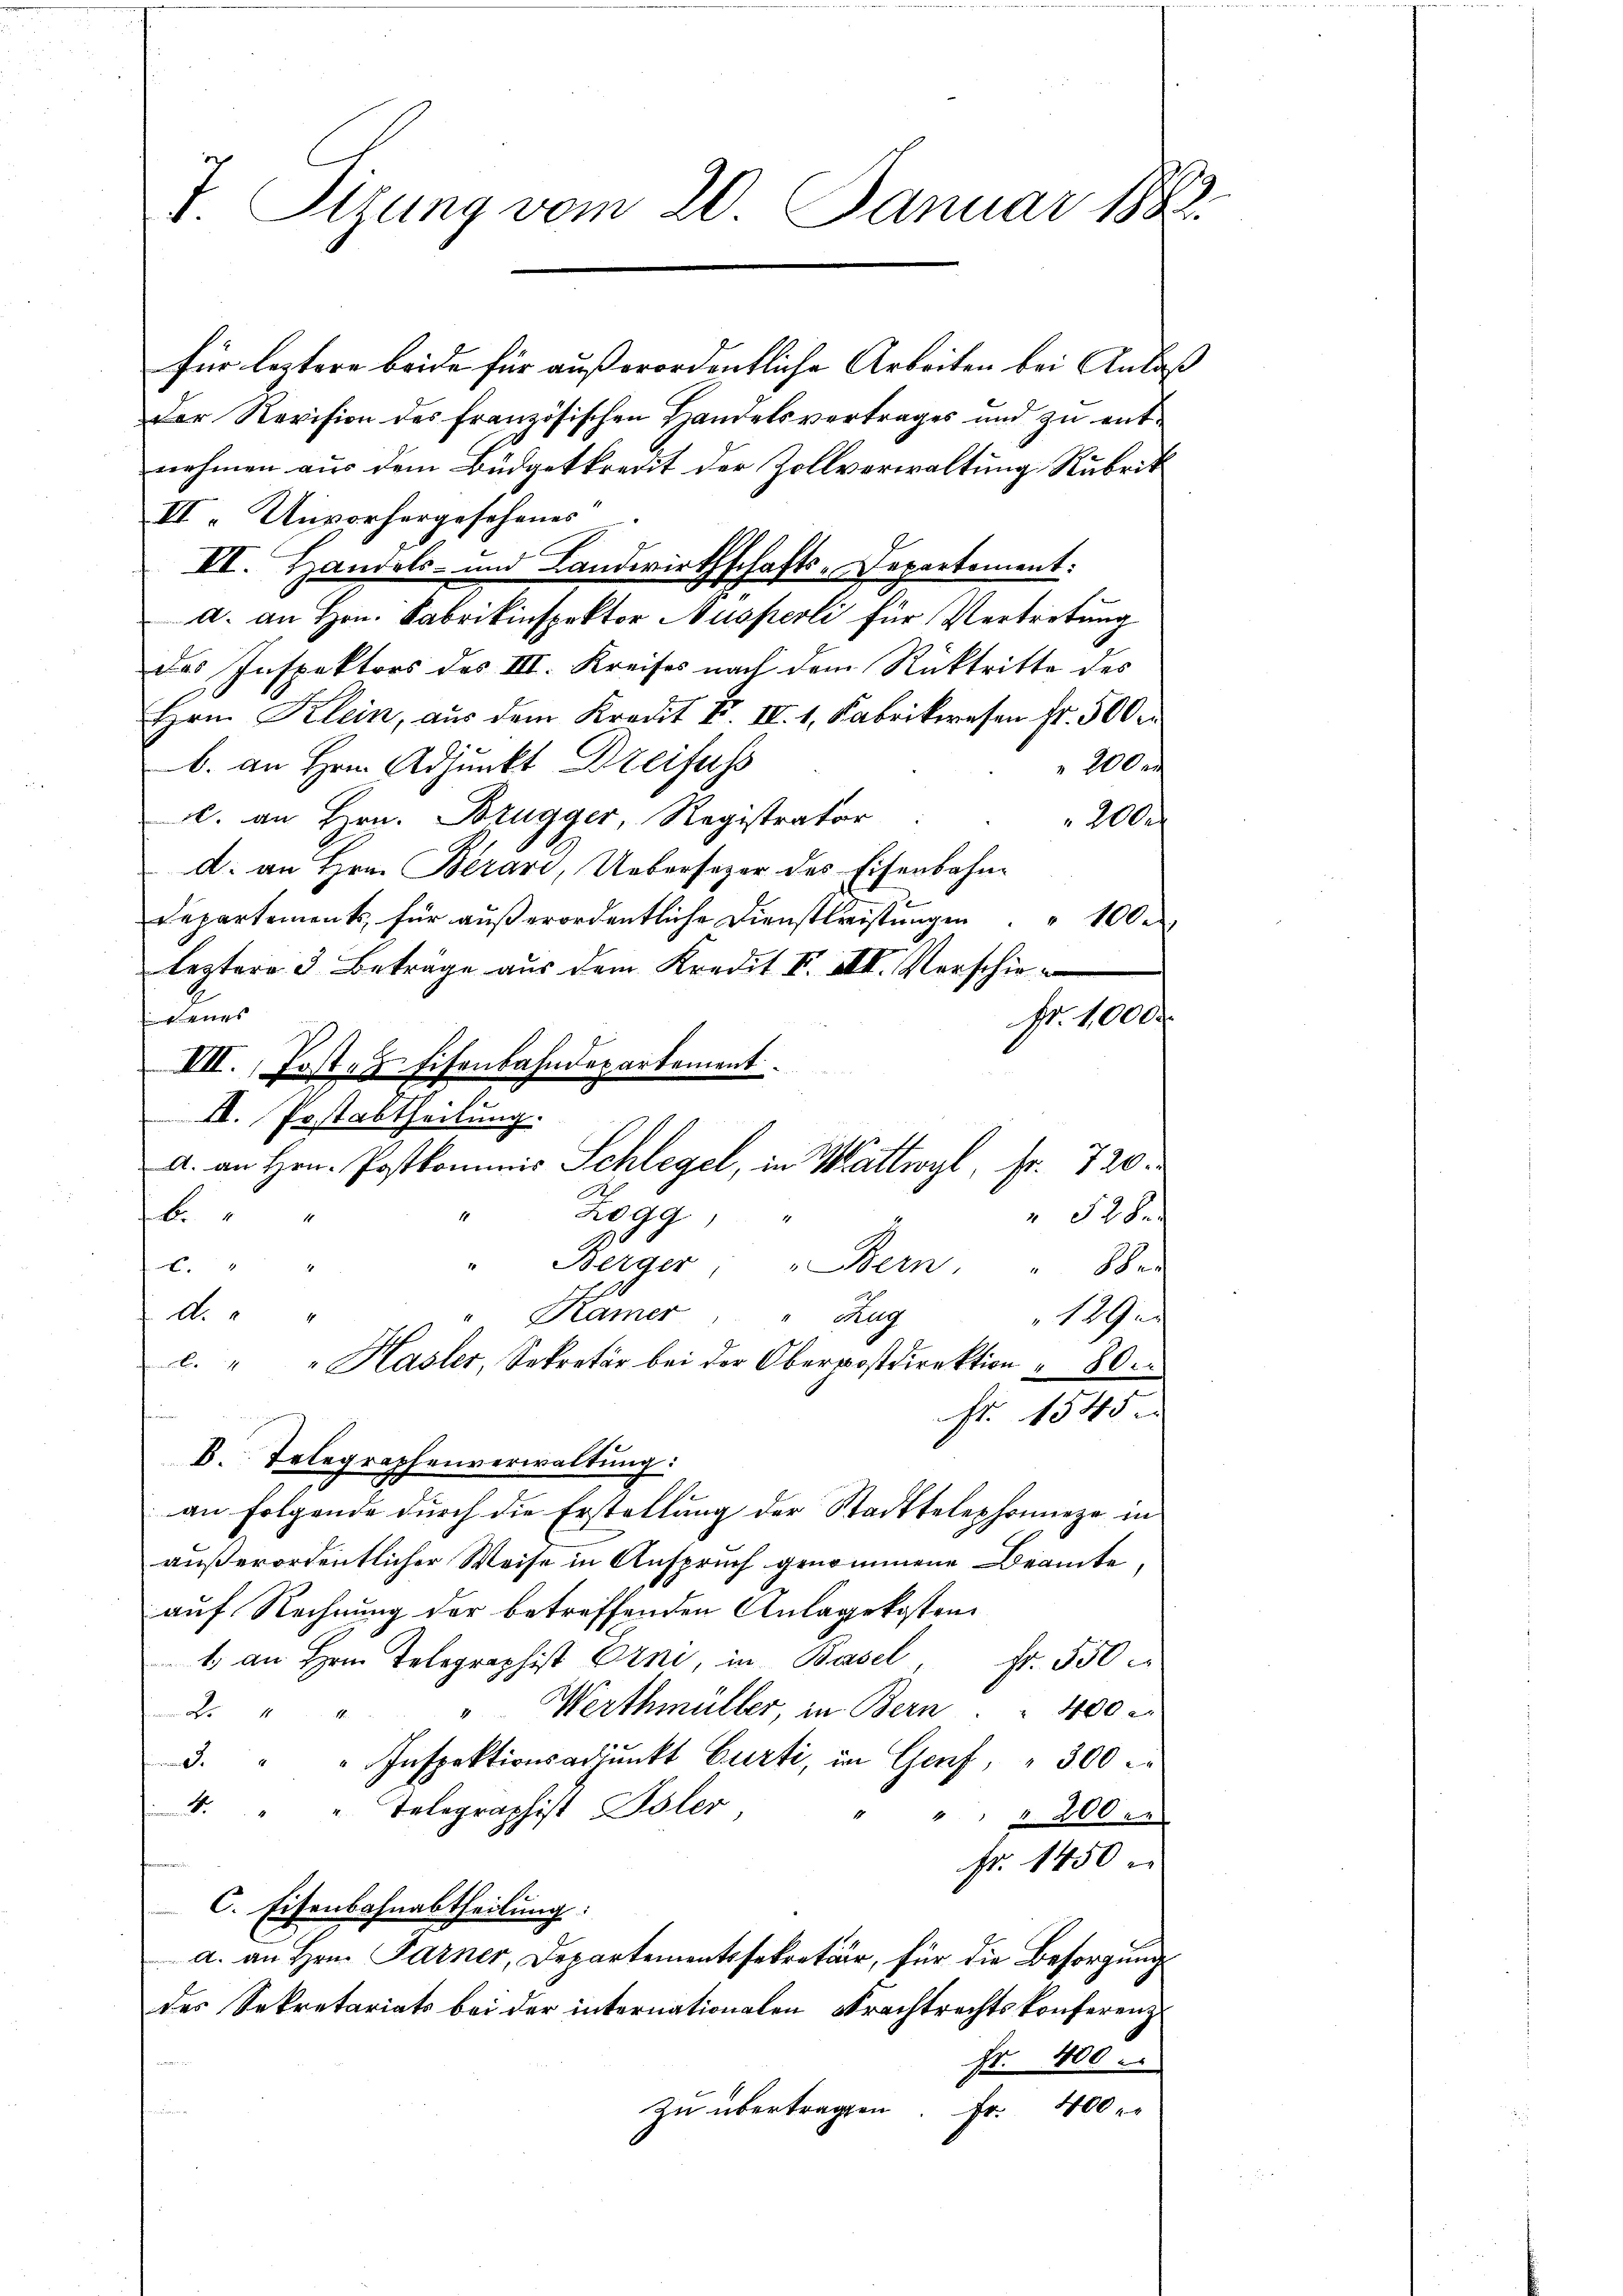
7. Sizung vom 20. Januar 1883.

für leztere beide für außerordentliche Arbeiten bei Anlaß
Der Revision des französischen Handelsvertrages und zu entnehmen aus dem Büdgetkredit der Zollverwaltung Rubrik
II. Unvorhergesehenes
n
II. Handels- und Landwirthschafts-Departement:
a. an Hrn. Fabrikinspektor Auspeoli für Vertretung
des Inspektors des III. Kreises nach dem Rücktritte des
Hrn Klein, aus dem Kredit F. IV. 1. Fabrikwesen fr. 500
b. an Hrn. Adjunkt Dreifuss
 200 r
u. an Hrn. Brugger, Registrator
200
d. an Hrn. Berard, Uebersezer des Eisenbahn¬
Departement für aŭβerordentliche Dienstleistŭngen " " 100.
leztere 3 Beträge aus dem Kredit I. III. Verschie
 eines
Nr. 1000
III. Post- & Eisenbahndepartement
n
II. Postabtheilung.
A. an Hrn. Postkommis Schlegel, in Wattwyl, Fr. 720.
Zogg,
be
 528.
A
" Berger Bern, " 88
x
d.
" Kamer " Zug
1
129
c. " " Hasler, Sekretär bei der Oberpostdirektion " 80.
fr. 1545
B. Telegraphenverwaltung:
an Folgende durch die Erstellung der Stadttelephonneze in
außerordentlicher Weise in Anspruch genommene Beamte,
auf Rechnung der betreffenden Anlagekosten¬
1. an Hrn. Telegraphist Erni, in Basel Fr. 550
Werthmüller, in Bern . . 400

3. " " Inspektionsadjunkt Curti, in Genf, " 300
4. " " Telegraphist Isler,
" " " 200 er
Fr. 1450
C. Eisenbahnabtheilung.
a. an Hrn. Farner, Departementssekretär, für die Besorgung
des Sekretariats bei der internationalen Frachtrechtskonferenz
Fr. 400.
Zu übertragen. Fr. 400